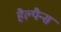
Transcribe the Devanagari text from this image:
हैल्पैन्स